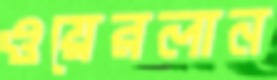
ওয়েরলান